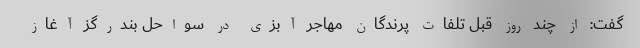
گفت: از چند روز قبل تلفات پرندگان مهاجر آبزی در سواحل بندرگز آغاز